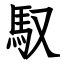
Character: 馭